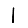
Digit: 1